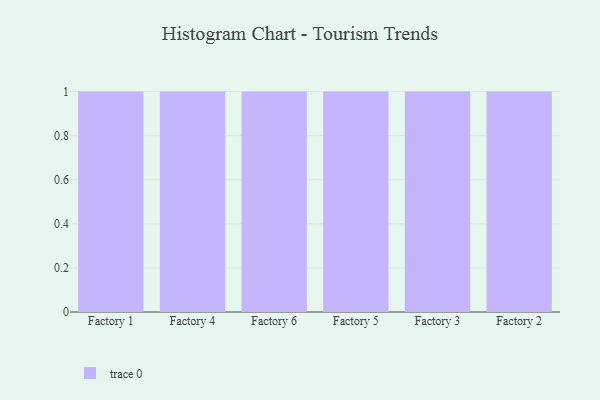
{"axis": {"x": "Factory", "y": "LTV (USD)"}, "legend": [""], "data": [{"x": "Factory 1", "y": 51, "type": ""}, {"x": "Factory 4", "y": 10, "type": ""}, {"x": "Factory 6", "y": 46, "type": ""}, {"x": "Factory 5", "y": 29, "type": ""}, {"x": "Factory 3", "y": 48, "type": ""}, {"x": "Factory 2", "y": 35, "type": ""}]}